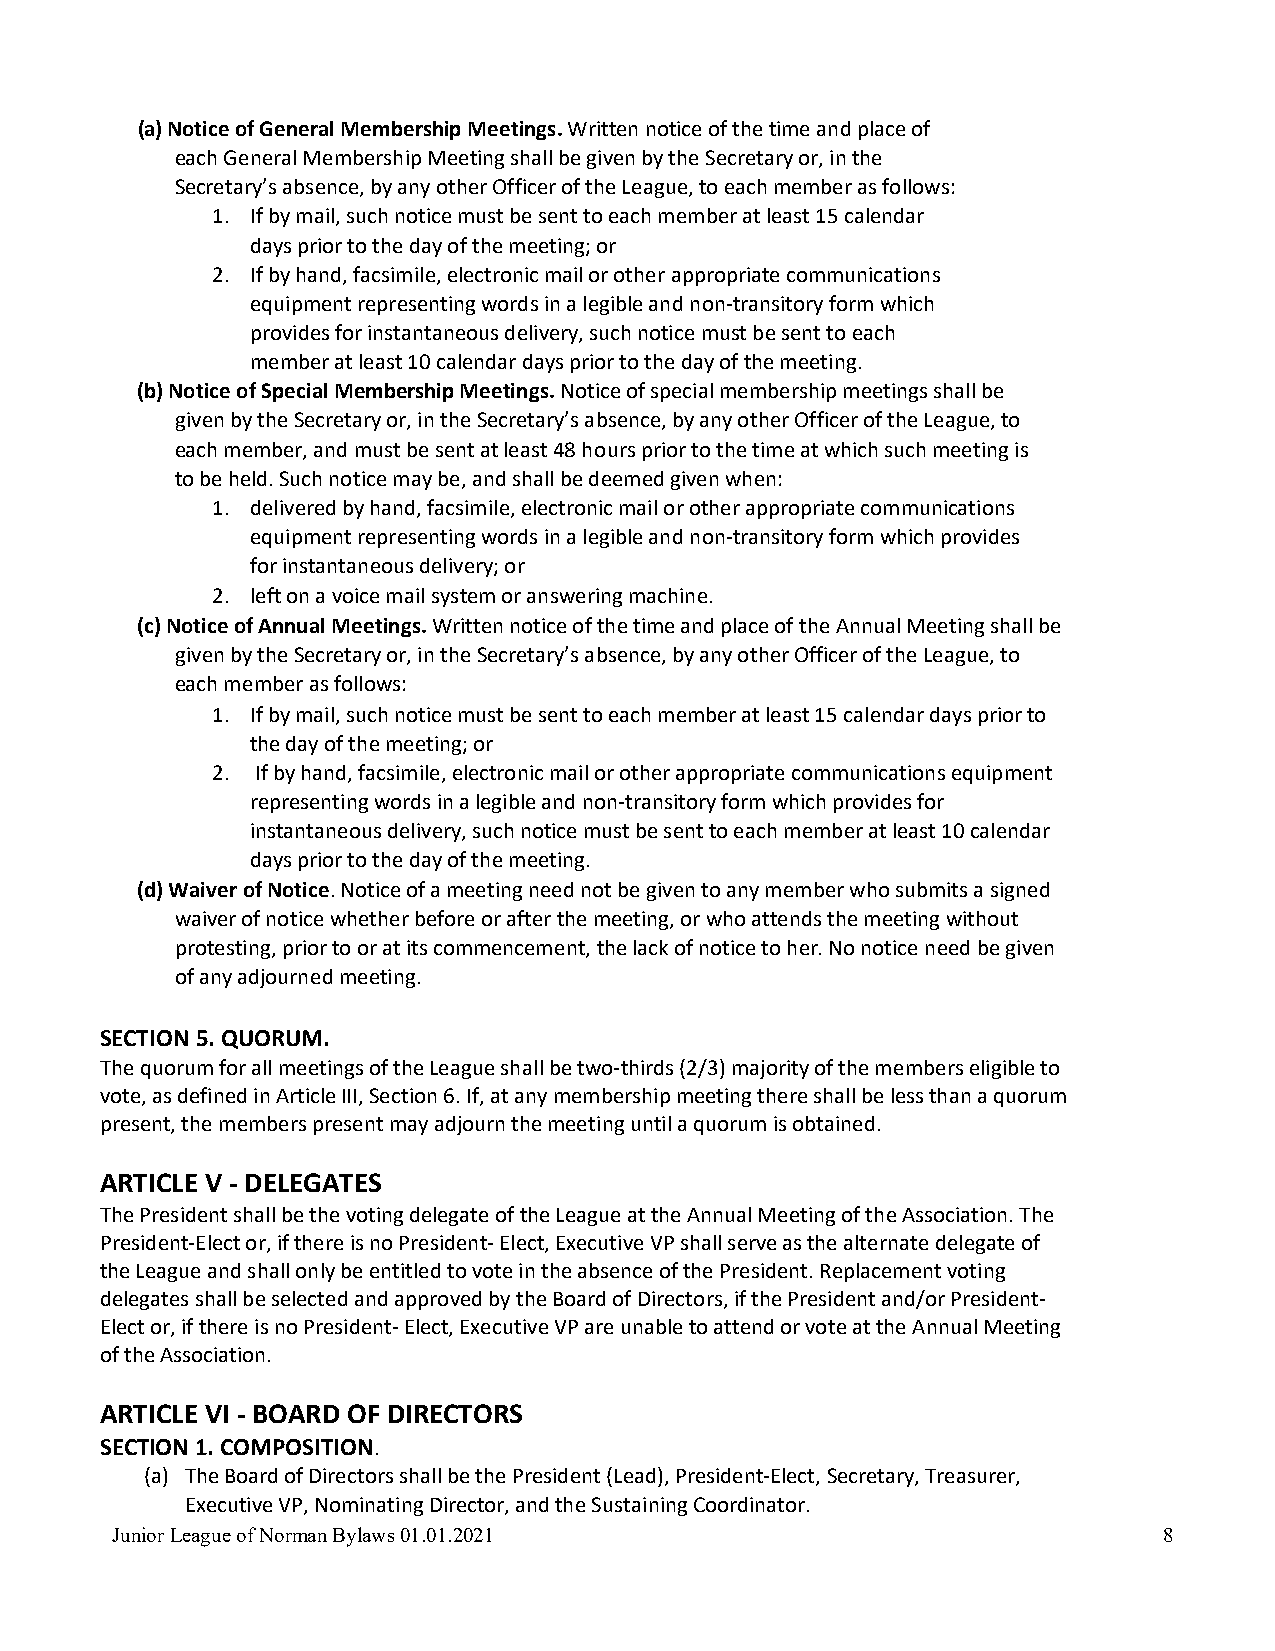
(a) Notice of General Membership Meetings. Written notice of the time and place of
 each General Membership Meeting shall be given by the Secretary or, in the
 Secretary’s absence, by any other Officer of the League, to each member as follows:
 1. If by mail, such notice must be sent to each member at least 15 calendar
 days prior to the day of the meeting; or
 2. If by hand, facsimile, electronic mail or other appropriate communications
 equipment representing words in a legible and non-transitory form which
 provides for instantaneous delivery, such notice must be sent to each
 member at least 10 calendar days prior to the day of the meeting.
 (b) Notice of Special Membership Meetings. Notice of special membership meetings shall be
 given by the Secretary or, in the Secretary’s absence, by any other Officer of the League, to
 each member, and must be sent at least 48 hours prior to the time at which such meeting is
 to be held. Such notice may be, and shall be deemed given when:
 1. delivered by hand, facsimile, electronic mail or other appropriate communications
 equipment representing words in a legible and non-transitory form which provides
 for instantaneous delivery; or
 2. left on a voice mail system or answering machine.
 (c) Notice of Annual Meetings. Written notice of the time and place of the Annual Meeting shall be
 given by the Secretary or, in the Secretary’s absence, by any other Officer of the League, to
 each member as follows:
 1. If by mail, such notice must be sent to each member at least 15 calendar days prior to
 the day of the meeting; or
 2. If by hand, facsimile, electronic mail or other appropriate communications equipment
 representing words in a legible and non-transitory form which provides for
 instantaneous delivery, such notice must be sent to each member at least 10 calendar
 days prior to the day of the meeting.
 (d) Waiver of Notice. Notice of a meeting need not be given to any member who submits a signed
 waiver of notice whether before or after the meeting, or who attends the meeting without
 protesting, prior to or at its commencement, the lack of notice to her. No notice need be given
 of any adjourned meeting.
 SECTION 5. QUORUM.
 The quorum for all meetings of the League shall be two-thirds (2/3) majority of the members eligible to
 vote, as defined in Article III, Section 6. If, at any membership meeting there shall be less than a quorum
 present, the members present may adjourn the meeting until a quorum is obtained.
 ARTICLE V - DELEGATES
 The President shall be the voting delegate of the League at the Annual Meeting of the Association. The
 President-Elect or, if there is no President- Elect, Executive VP shall serve as the alternate delegate of
 the League and shall only be entitled to vote in the absence of the President. Replacement voting
 delegates shall be selected and approved by the Board of Directors, if the President and/or President-
 Elect or, if there is no President- Elect, Executive VP are unable to attend or vote at the Annual Meeting
 of the Association.
 ARTICLE VI - BOARD OF DIRECTORS
 SECTION 1. COMPOSITION.
 (a) The Board of Directors shall be the President (Lead), President-Elect, Secretary, Treasurer,
 Executive VP, Nominating Director, and the Sustaining Coordinator.
 Junior League of Norman Bylaws 01.01.2021                             8